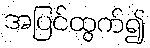
အပြင်ထွက်၍